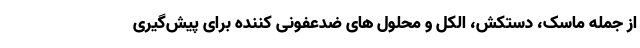
از جمله ماسک، دستکش، الکل و محلول های ضدعفونی کننده برای پیش‌گیری